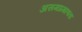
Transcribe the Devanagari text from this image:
असमप्रमाणता